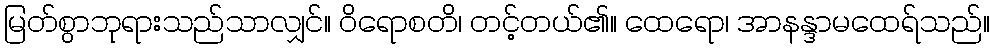
မြတ်စွာဘုရားသည်သာလျှင်။ ဝိရောစတိ၊ တင့်တယ်၏။ ထေရော၊ အာနန္ဒာမထေရ်သည်။